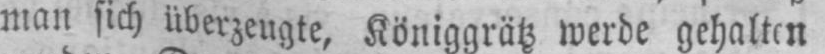
man sich überzeugte, Königgrätz werde gehalten